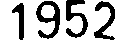
1952